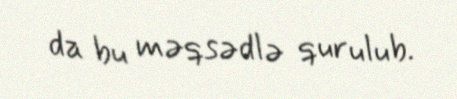
da bu məqsədlə qurulub.